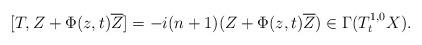
LaTeX: \begin{align*}[T, Z+\Phi(z, t)\overline Z]=-i(n+1)(Z+\Phi(z, t)\overline Z)\in\Gamma(T_t^{1, 0}X).\end{align*}